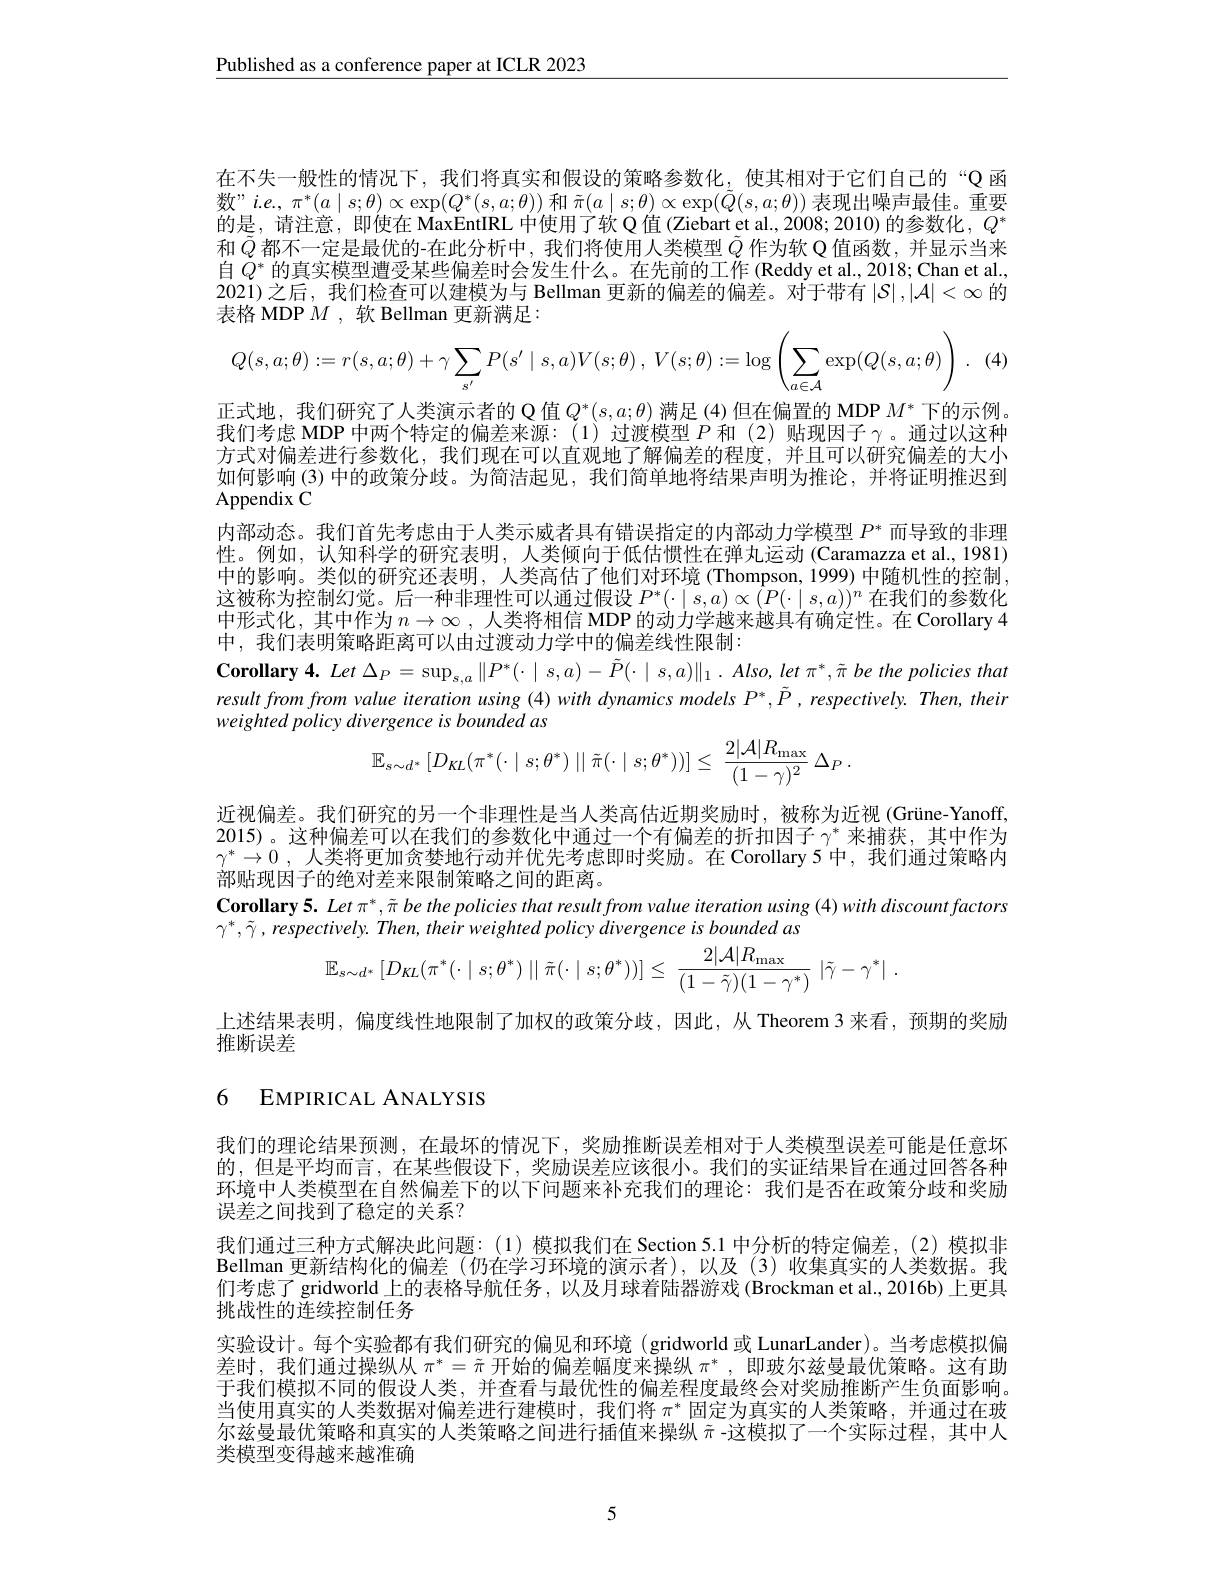
$\underline{\text{Published as a conference paper at ICLR 2023}}$

在不失一般性的情况下，我们将真实和假设的策略参数化，使其相对于它们自己的“Q 函

数" $i.e.,\pi^*(a\mid s;\theta)\propto\exp(Q^*(s,a;\theta))$和$\tilde{\pi}(a\mid s;\theta)\propto\exp(\tilde{Q}(s,a;\theta))$表现出噪声最佳。重要

的是，请注意，即使在 MaxEntIRL 中使用了软 Q 值 (Ziebart et al., 2008; 2010) 的参数化，$Q^*$

和$\tilde{Q}$都不一定是最优的-在此分析中，我们将使用人类模型$\tilde{Q}$作为软 Q 值函数，并显示当来

自$Q^*$的真实模型遭受某些偏差时会发生什么。在先前的工作 (Reddy et al., 2018; Chan et al.

2021)之后，我们检查可以建模为与 Bellman 更新的偏差的偏差。对于带有$|\mathcal{S}|,|\mathcal{A}|<\infty$的

表格 MDP $M$ , 软 Bellman 更新满足：
$$Q(s,a;\theta):=r(s,a;\theta)+\gamma\sum_{s'}P(s'\mid s,a)V(s;\theta)\:,\:V(s;\theta):=\log\left(\sum_{a\in\mathcal{A}}\exp(Q(s,a;\theta)\right)\:.$$
(4)

正式地，我们研究了人类演示者的 Q 值 $Q^*(s,a;\theta)$ 满足 (4) 但在偏置的 MDP $M^*$下的示例。

我们考虑 MDP 中两个特定的偏差来源：(1)过渡模型$P$和 (2)贴现因子 γ。通过以这种

方式对偏差进行参数化，我们现在可以直观地了解偏差的程度，并且可以研究偏差的大小

如何影响(3)中的政策分歧。为简洁起见，我们简单地将结果声明为推论，并将证明推迟到

Appendix C

内部动态。我们首先考虑由于人类示威者具有错误指定的内部动力学模型$P^*$而导致的非理

性。例如，认知科学的研究表明，人类倾向于低估惯性在弹丸运动 (Caramazza et al., 1981)

中的影响。类似的研究还表明，人类高估了他们对环境(Thompson, 1999) 中随机性的控制，

这被称为控制幻觉。后一种非理性可以通过假设$P^*(\cdot\mid s,a)\propto\hat{(}P(\cdot\mid s,a))^n$在我们的参数化

中形式化，其中作为$n\to\infty$ ,人类将相信 MDP 的动力学越来越具有确定性。在 Corollary 4

中，我们表明策略距离可以由过渡动力学中的偏差线性限制

$\textbf{Corollary4. Let }\Delta _{P}= \sup _{s, a}\| P^{* }( \cdot \mid s, a) - \tilde{P} ( \cdot \mid s, a) \| _{1}. Also, let\pi ^{* }, \tilde{\pi }$ $be$ the policies that

result from from value iteration using (4) with dynamics models $P^*,\tilde{P}$ , respectively. Then, their

weighted policy divergence is bounded as
$$\mathbb{E}_{s\sim d^*}\left[D_{KL}(\pi^*(\cdot\mid s;\theta^*)\mid\mid\tilde{\pi}(\cdot\mid s;\theta^*))\right]\leq\:\frac{2|\mathcal{A}|R_{\mathrm{max}}}{(1-\gamma)^2}\:\Delta_P\:.$$
近视偏差。我们研究的另一个非理性是当人类高估近期奖励时，被称为近视(Grüne-Yanoff, 2015)。这种偏差可以在我们的参数化中通过一个有偏差的折扣因子$\gamma^*$来捕获，其中作为$\gamma ^* \to 0$ , 人类将更加贪婪地行动并优先考虑即时奖励。在 Corollary 5 中，我们通过策略内部贴现因子的绝对差来限制策略之间的距离。
$\textbf{Corollary 5. }Let\pi ^* , \tilde{\pi } bethepoliciesthatresultfromvalue iteration using ( 4) with discount factors$
$\gamma^{*},\tilde{\gamma},respectively.Then,theirweightedpolicydivergenceisboundedas$
$$\mathbb{E}_{s\sim d^*}\left[D_{KL}(\pi^*(\cdot\mid s;\theta^*)\mid\mid\tilde{\pi}(\cdot\mid s;\theta^*))\right]\leq\:\frac{2|\mathcal{A}|R_{\mathrm{max}}}{(1-\tilde{\gamma})(1-\gamma^*)}\:|\tilde{\gamma}-\gamma^*|\:.$$
上述结果表明，偏度线性地限制了加权的政策分歧，因此，从 Theorem 3 来看，预期的奖励
推断误差

6 EMPIRICAL ANALYSIS

我们的理论结果预测，在最坏的情况下，奖励推断误差相对于人类模型误差可能是任意坏的，但是平均而言，在某些假设下，奖励误差应该很小。我们的实证结果旨在通过回答各种环境中人类模型在自然偏差下的以下问题来补充我们的理论：我们是否在政策分歧和奖励误差之间找到了稳定的关系？
我们通过三种方式解决此问题：(1)模拟我们在 Section 5.1 中分析的特定偏差，(2)模拟非Bellman 更新结构化的偏差 (仍在学习环境的演示者),以及 (3) 收集真实的人类数据。我们考虑了 gridworld 上的表格导航任务，以及月球着陆器游戏 (Brockman et al., 2016b) 上更具挑战性的连续控制任务
实验设计。每个实验都有我们研究的偏见和环境(gridworld 或 LunarLander)。当考虑模拟偏差时，我们通过操纵从$\pi^*=\tilde{\pi}$开始的偏差幅度来操纵$\pi^*$,即玻尔兹曼最优策略。这有助于我们模拟不同的假设人类，并查看与最优性的偏差程度最终会对奖励推断产生负面影响。当使用真实的人类数据对偏差进行建模时，我们将$\pi^*$固定为真实的人类策略，并通过在玻尔兹曼最优策略和真实的人类策略之间进行插值来操纵$\tilde{\pi}$ -这模拟了一个实际过程，其中人类模型变得越来越准确

5